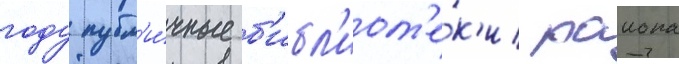
году публ'и́чные б'ибл'иот'е́к'и раиона